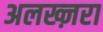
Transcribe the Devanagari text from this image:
अलख्ज़रा